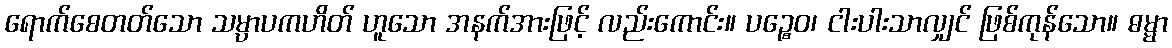
ရောက်စေတတ်သော သမ္ပာပကဟိတ် ဟူသော အနက်အားဖြင့် လည်းကောင်း။ ပဉ္စေဝ၊ ငါးပါးသာလျှင် ဖြစ်ကုန်သော။ ဓမ္မာ